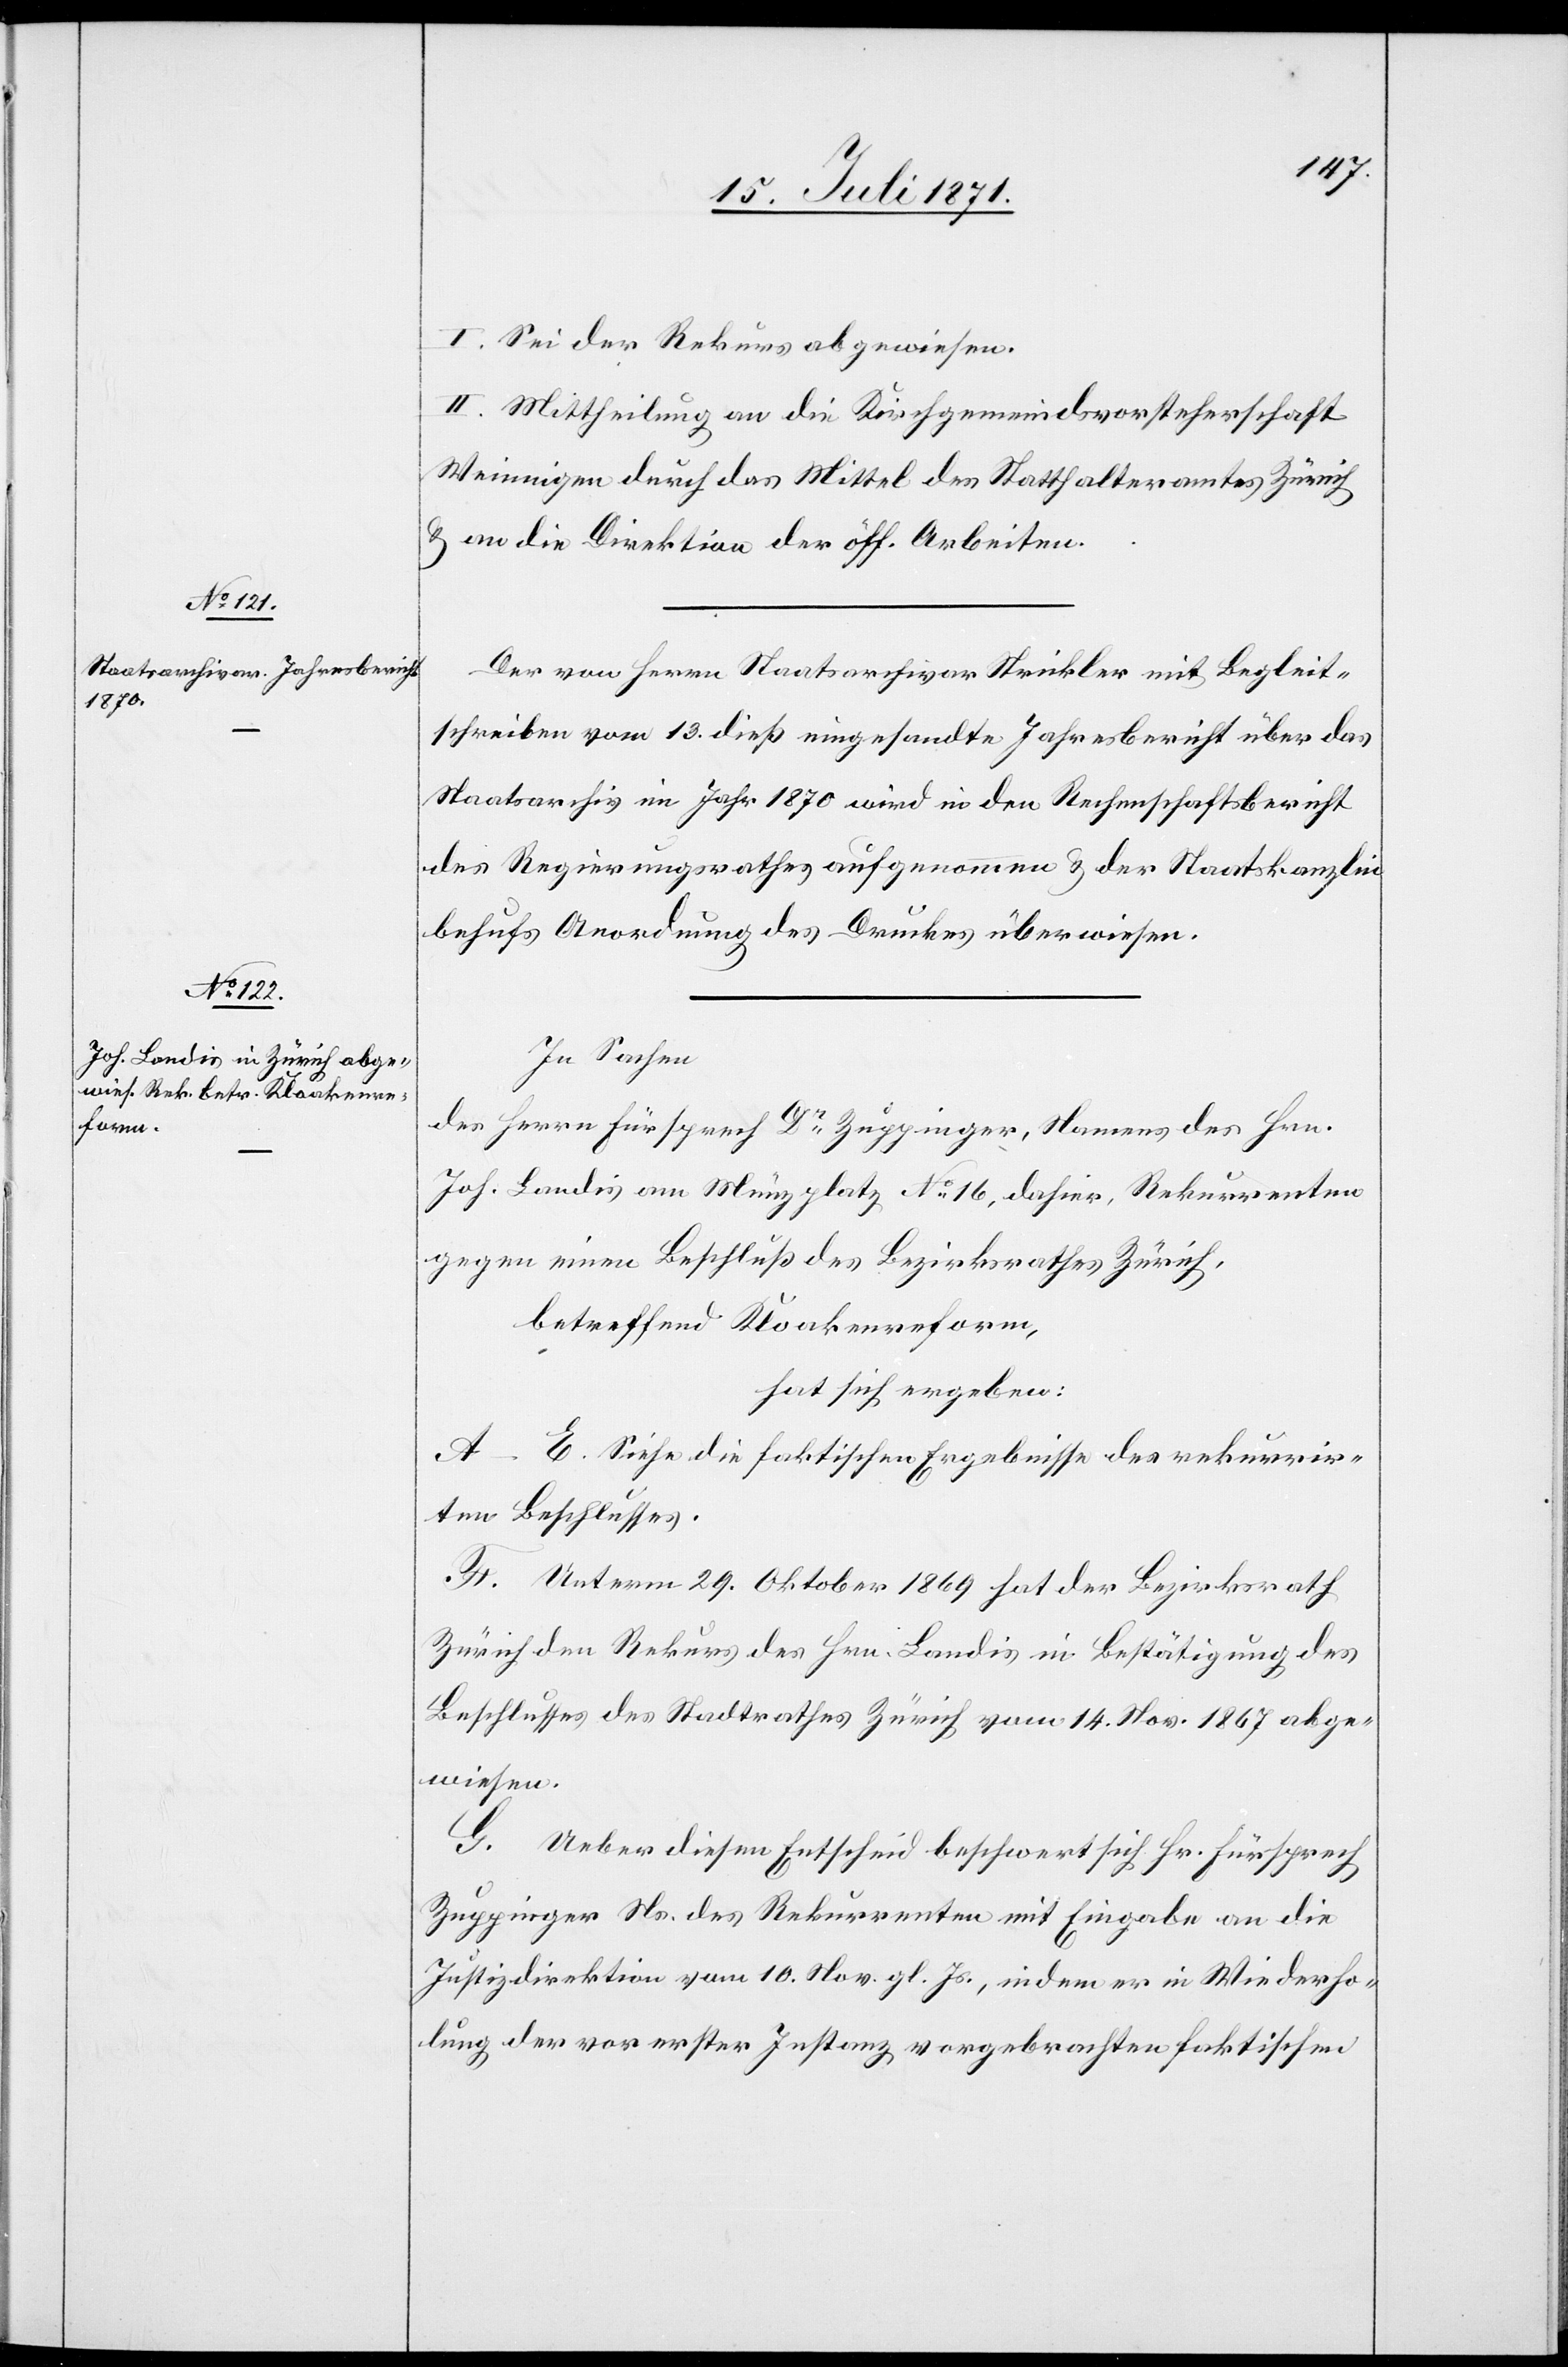
I. Sei der Rekurs abgewiesen.
II. Mittheilung an die Kirchgemeindsvorsteherschaft
Weiningen durch das Mittel des Statthalteramtes Zürich
u. an die Direktion der öff. Arbeiten.
Der von Herrn Staatsarchivar Strickler mit Begleit¬
schreiben vom 13. dieß eingesandte Jahresbericht über das
Staatsarchiv im Jahr 1870 wird in den Rechenschaftsbericht
des Regierungsrathes aufgenommen u. der Staatskanzlei
behufs Anordnung des Druckes überwiesen.
In Sachen
des Herrn Fürsprech Dr. Zuppinger, Namens des Hrn.
Joh. Landis am Münzplatz No. 16, dahier, Rekurrenten
gegen einen Beschluß des Bezirksrath Zürich,
betreffend Kloakenreform,
hat sich ergeben:
A–E. Siehe die faktischen Ergebnisse des rekurrir¬
ten Beschlusses.
F. Unterm 29. Oktober 1869 hat der Bezirksrath
Zürich den Rekurs des Hrn. Landis in Bestätigung des
Beschlusses des Stadtrathes Zürich vom 14. Nov. 1867 abge¬
wiesen.
G. Ueber diesen Entscheid beschwert sich Hr. Fürsprech
Zuppinger Ns. des Rekurrenten mit Eingabe an die
Justizdirektion vom 10. Nov. gl. Js., indem er in Wiederho¬
lung der vor erster Instanz vorgebrachten faktischen